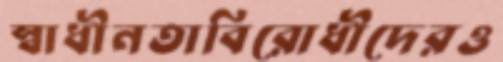
স্বাধীনতাবিরোধীদেরও